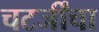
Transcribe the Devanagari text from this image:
चटर्जींचा